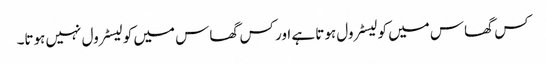
کس گھاس میں کولیسٹرول ہوتا ہے اور کس گھاس میں کولیسٹرول نہیں ہوتا۔